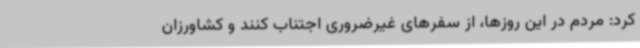
کرد: مردم در این روزها، از سفرهای غیرضروری اجتناب کنند و کشاورزان